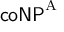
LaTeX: { \mathsf { c o N P } } ^ { \mathrm { { A } } }